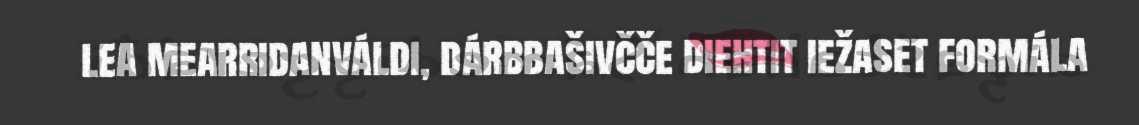
lea mearridanváldi, dárbbašivčče diehtit iežaset formála